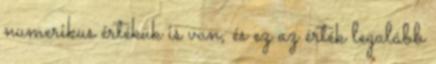
numerikus értékük is van, és ez az érték legalább